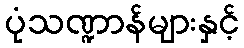
ပုံသဏ္ဍာန်များနှင့်